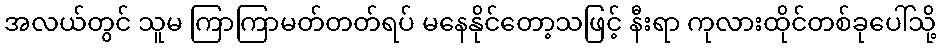
အလယ်တွင် သူမ ကြာကြာမတ်တတ်ရပ် မနေနိုင်တော့သဖြင့် နီးရာ ကုလားထိုင်တစ်ခုပေါ်သို့